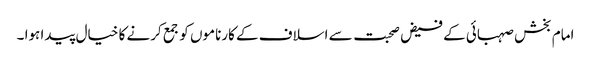
امام بخش صہبائی کے فیض صحبت سے اسلاف کے کارناموں کو جمع کرنے کا خیال پیدا ہوا ۔